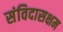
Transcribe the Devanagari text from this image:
संविदासक्षम